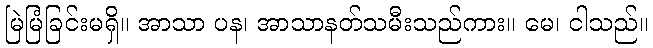
မြဲမြံခြင်းမရှိ။ အာသာ ပန၊ အာသာနတ်သမီးသည်ကား။ မေ၊ ငါသည်။